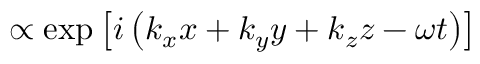
\propto \exp \left[ i \left( k _ { x } x + k _ { y } y + k _ { z } z - \omega t \right) \right]